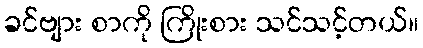
ခင်ဗျား စာကို ကြိုးစား သင်သင့်တယ်။